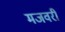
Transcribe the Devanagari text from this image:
मजवरी